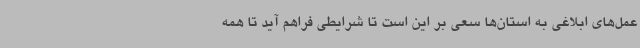
عمل‌های ابلاغی به استان‌ها سعی بر این است تا شرایطی فراهم آید تا همه